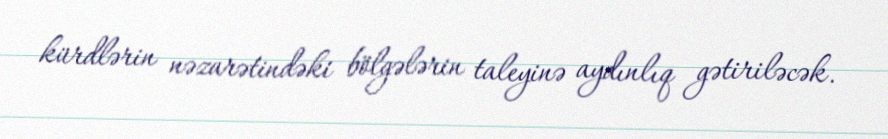
kürdlərin nəzarətindəki bölgələrin taleyinə aydınlıq gətiriləcək.